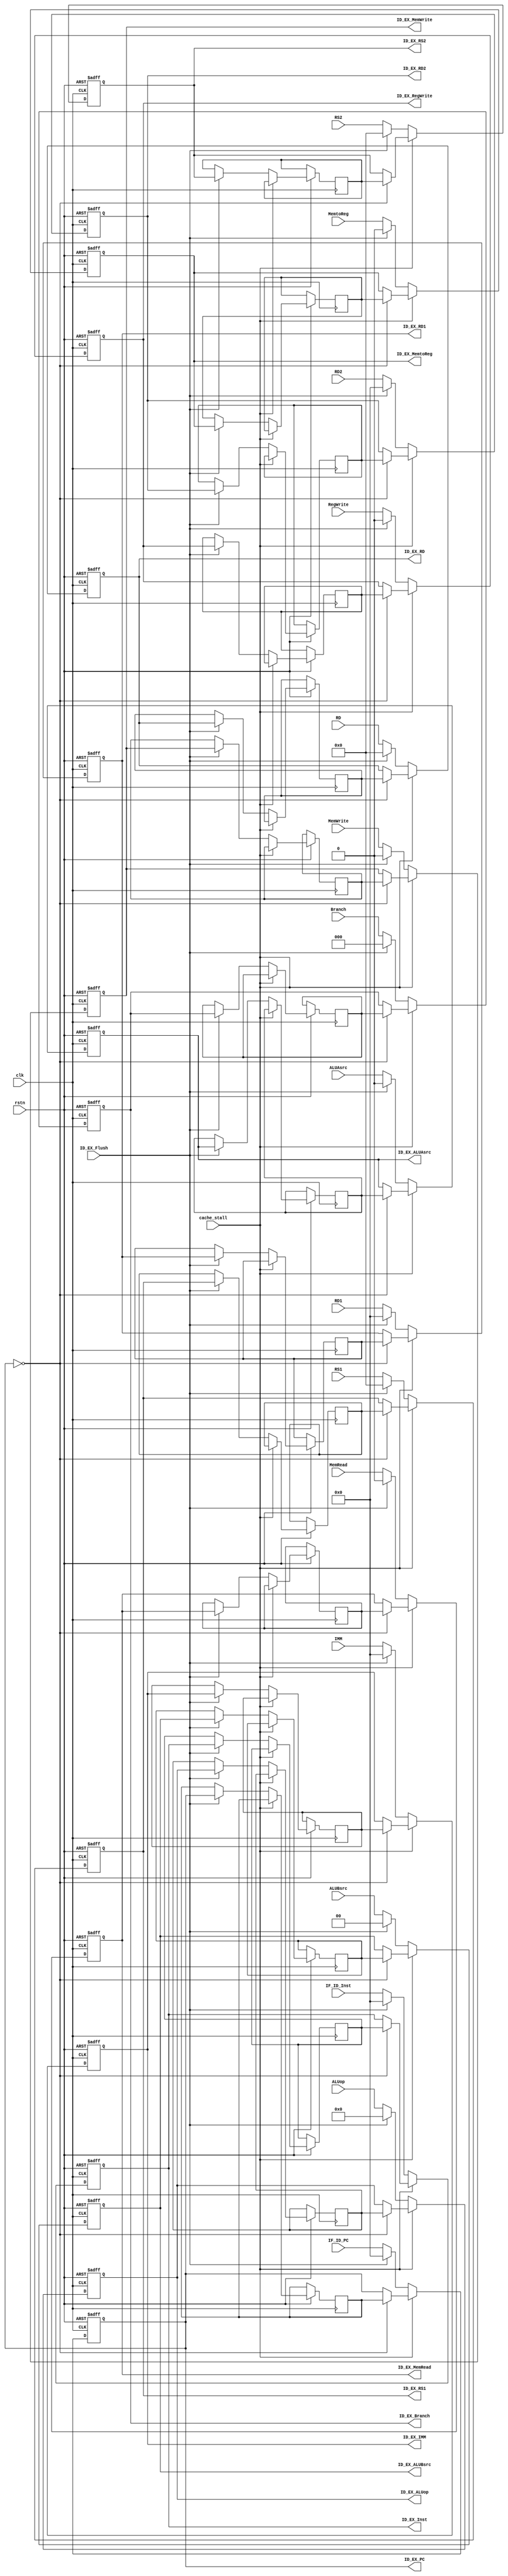
module ID_EX(
    input [31:0] IF_ID_PC,
    input ALUAsrc,
    input [1:0] ALUBsrc,
    input [3:0] ALUop,
    input MemRead,
    input MemWrite,
    input MemtoReg,
    input [2:0] Branch,
    input RegWrite,
    input [31:0] RD1, RD2,
    input [4:0] RS1, RS2, RD,
    input [31:0] IMM,
    input [31:0] IF_ID_Inst,
    // input stall,
    input ID_EX_Flush,
    input clk,
    input rstn,
    input cache_stall,
    output reg [31:0] ID_EX_PC,
    output reg ID_EX_ALUAsrc,
    output reg [1:0] ID_EX_ALUBsrc,
    output reg [3:0] ID_EX_ALUop,
    output reg ID_EX_MemRead,
    output reg ID_EX_MemWrite,
    output reg ID_EX_MemtoReg,
    output reg [2:0] ID_EX_Branch,
    output reg ID_EX_RegWrite,
    output reg [31:0] ID_EX_RD1,
    output reg [31:0] ID_EX_RD2,
    output reg [4:0] ID_EX_RS1,
    output reg [4:0] ID_EX_RS2,
    output reg [4:0] ID_EX_RD,
    output reg [31:0] ID_EX_IMM,
    output reg [31:0] ID_EX_Inst
    );


    reg [31:0] ID_EX_PC_tmp;
    reg ID_EX_ALUAsrc_tmp;
    reg [1:0] ID_EX_ALUBsrc_tmp;
    reg [3:0] ID_EX_ALUop_tmp;
    reg ID_EX_MemRead_tmp;
    reg ID_EX_MemWrite_tmp;
    reg ID_EX_MemtoReg_tmp;
    reg [2:0] ID_EX_Branch_tmp;
    reg ID_EX_RegWrite_tmp;
    reg [31:0] ID_EX_RD1_tmp;
    reg [31:0] ID_EX_RD2_tmp;
    reg [4:0] ID_EX_RS1_tmp;
    reg [4:0] ID_EX_RS2_tmp;
    reg [4:0] ID_EX_RD_tmp;
    reg [31:0] ID_EX_IMM_tmp;
    reg [31:0] ID_EX_Inst_tmp;

    always @(posedge clk or negedge rstn) begin
        if(!rstn) begin
            ID_EX_PC <= 32'b0;
            ID_EX_ALUAsrc <= 1'b0;
            ID_EX_ALUBsrc <= 2'b0;
            ID_EX_ALUop <= 4'b0;
            ID_EX_MemRead <= 1'b0;
            ID_EX_MemWrite <= 1'b0;
            ID_EX_MemtoReg <= 1'b0;
            ID_EX_Branch <= 3'b0;
            ID_EX_RegWrite <= 1'b0;
            ID_EX_RD1 <= 32'b0;
            ID_EX_RD2 <= 32'b0;
            ID_EX_RS1 <= 5'b0;
            ID_EX_RS2 <= 5'b0;
            ID_EX_RD <= 5'b0;
            ID_EX_IMM <= 32'b0;
            ID_EX_Inst <= 32'b0;
        end
        else if(cache_stall) begin
            if(ID_EX_PC == 0) begin
                ID_EX_PC <= ID_EX_PC_tmp;
                ID_EX_ALUAsrc <= ID_EX_ALUAsrc_tmp;
                ID_EX_ALUBsrc <= ID_EX_ALUBsrc_tmp;
                ID_EX_ALUop <= ID_EX_ALUop_tmp;
                ID_EX_MemRead <= ID_EX_MemRead_tmp;
                ID_EX_MemWrite <= ID_EX_MemWrite_tmp;
                ID_EX_MemtoReg <= ID_EX_MemtoReg_tmp;
                ID_EX_Branch <= ID_EX_Branch_tmp;
                ID_EX_RegWrite <= ID_EX_RegWrite_tmp;
                ID_EX_RD1 <= ID_EX_RD1_tmp;
                ID_EX_RD2 <= ID_EX_RD2_tmp;
                ID_EX_RS1 <= ID_EX_RS1_tmp;
                ID_EX_RS2 <= ID_EX_RS2_tmp;
                ID_EX_RD <= ID_EX_RD_tmp;
                ID_EX_IMM <= ID_EX_IMM_tmp;
                ID_EX_Inst <= ID_EX_Inst_tmp;
            end
            else begin
                ID_EX_PC <= ID_EX_PC;
                ID_EX_ALUAsrc <= ID_EX_ALUAsrc;
                ID_EX_ALUBsrc <= ID_EX_ALUBsrc;
                ID_EX_ALUop <= ID_EX_ALUop;
                ID_EX_MemRead <= ID_EX_MemRead;
                ID_EX_MemWrite <= ID_EX_MemWrite;
                ID_EX_MemtoReg <= ID_EX_MemtoReg;
                ID_EX_Branch <= ID_EX_Branch;
                ID_EX_RegWrite <= ID_EX_RegWrite;
                ID_EX_RD1 <= ID_EX_RD1;
                ID_EX_RD2 <= ID_EX_RD2;
                ID_EX_RS1 <= ID_EX_RS1;
                ID_EX_RS2 <= ID_EX_RS2;
                ID_EX_RD <= ID_EX_RD;
                ID_EX_IMM <= ID_EX_IMM;
                ID_EX_Inst <= ID_EX_Inst;
            end
        end
        else if(ID_EX_Flush) begin
            ID_EX_PC <= 32'b0;
            ID_EX_ALUAsrc <= 1'b0;
            ID_EX_ALUBsrc <= 2'b0;
            ID_EX_ALUop <= 4'b0;
            ID_EX_MemRead <= 1'b0;
            ID_EX_MemWrite <= 1'b0;
            ID_EX_MemtoReg <= 1'b0;
            ID_EX_Branch <= 3'b0;
            ID_EX_RegWrite <= 1'b0;
            ID_EX_RD1 <= 32'b0;
            ID_EX_RD2 <= 32'b0;
            ID_EX_RS1 <= 5'b0;
            ID_EX_RS2 <= 5'b0;
            ID_EX_RD <= 5'b0;
            ID_EX_IMM <= 32'b0;
            ID_EX_Inst <= 32'b0;

            ID_EX_PC_tmp <= ID_EX_PC;
            ID_EX_ALUAsrc_tmp <= ID_EX_ALUAsrc;
            ID_EX_ALUBsrc_tmp <= ID_EX_ALUBsrc;
            ID_EX_ALUop_tmp <= ID_EX_ALUop;
            ID_EX_MemRead_tmp <= ID_EX_MemRead;
            ID_EX_MemWrite_tmp <= ID_EX_MemWrite;
            ID_EX_MemtoReg_tmp <= ID_EX_MemtoReg;
            ID_EX_Branch_tmp <= ID_EX_Branch;
            ID_EX_RegWrite_tmp <= ID_EX_RegWrite;
            ID_EX_RD1_tmp <= ID_EX_RD1;
            ID_EX_RD2_tmp <= ID_EX_RD2;
            ID_EX_RS1_tmp <= ID_EX_RS1;
            ID_EX_RS2_tmp <= ID_EX_RS2;
            ID_EX_RD_tmp <= ID_EX_RD;
            ID_EX_IMM_tmp <= ID_EX_IMM;
            ID_EX_Inst_tmp <= ID_EX_Inst;
        end
        else begin
            ID_EX_PC <= IF_ID_PC;
            ID_EX_ALUAsrc <= ALUAsrc;
            ID_EX_ALUBsrc <= ALUBsrc;
            ID_EX_ALUop <= ALUop;
            ID_EX_MemRead <= MemRead;
            ID_EX_MemWrite <= MemWrite;
            ID_EX_MemtoReg <= MemtoReg;
            ID_EX_Branch <= Branch;
            ID_EX_RegWrite <= RegWrite;
            ID_EX_RD1 <= RD1;
            ID_EX_RD2 <= RD2;
            ID_EX_RS1 <= RS1;
            ID_EX_RS2 <= RS2;
            ID_EX_RD <= RD;
            ID_EX_IMM <= IMM;
            ID_EX_Inst <= IF_ID_Inst;
        end
    end
endmodule